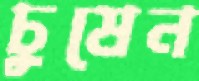
চুষেন